Civil Veterinary Dept. Bombay admin report 1914-1922 - 1914-1922
Year: 1914
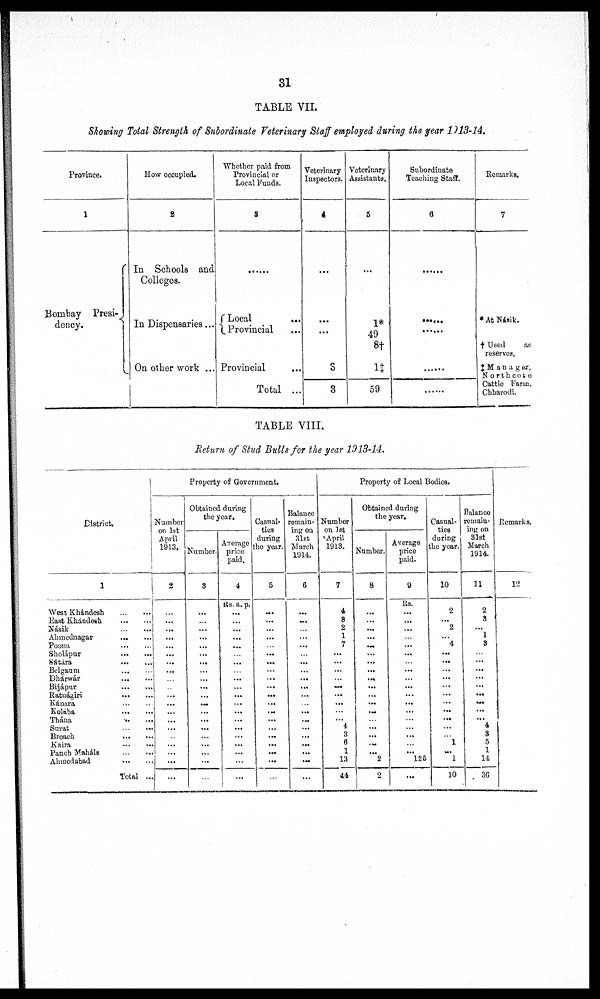
31
TABLE VII.
Showing Total Strength of Subordinate Veterinary Staff employed during the year 1913-14.
Province.
1
Bombay Presi-
dency.
How occupied.
2
In Schools and
Colleges.
In Dispensaries...
On other work ...
Whether paid from
Provincial or
Local Funds.
3
......
Local
...
Provincial ...
Provincial ...
Total ...
Veterinary
Inspectors.
4
...
...
...
3
3
Veterinary
Assistants.
5
...
1*
49
8†
1‡
59
Subordinate
Teaching Staff.
6
......
.......
.......
......
......
Remarks,
7
* At Násik.
† Used as
reserves.
‡ Manager,
Northcote
Cattle Farm,
Chharodi.
TABLE VIII.
Return of Stud Bulls for the year 1913-14.
District.
1
West Khándesh
...
...
East
Khándesh
...
...
Násilc ... ...
Ahmednagar
...
...
Poona
...
...
Sholápur
...
...
Sátára
...
...
Belgaum
...
...
Dhárwár
...
...
Bijápur
...
...
Ratnágiri
...
...
Kánara
...
...
Kolába
...
...
Thána
...
...
Surat
...
...
Broach
...
...
Kaira
...
...
Panch Maháls
...
...
Ahmedabad
...
...
Total ...
Property of Government.
Number
on 1st
April
1913,
2
...
...
...
...
...
...
...
...
...
...
...
...
...
...
...
...
...
...
...
...
Obtained during
the year.
Number.
3
...
...
...
...
...
...
...
...
...
...
...
...
...
...
...
...
...
...
...
...
Average
price
paid.
4
Rs. a. p.
...
...
...
...
...
...
...
...
...
...
...
...
...
...
...
...
...
...
...
...
Casual-
ties
during
the year.
5
...
...
...
...
...
...
...
...
...
...
...
...
...
...
...
...
...
...
...
...
Balance
remain-
ing on
31st
March
1914.
6
...
...
...
...
...
...
...
...
...
...
...
...
...
...
...
...
...
...
...
...
Property of Local Bodies.
Number
on 1st
April
1913.
7
4
8
2
1
7
...
...
...
...
...
...
...
...
...
4
3
8
1
13
44
Obtained during
the year.
Number.
8
...
...
...
...
...
...
...
...
...
...
...
...
...
...
...
...
...
... 2
2
Average
price
paid.
9
Rs.
...
...
...
...
...
...
...
...
...
...
...
...
...
...
...
...
...
... 125
...
Casual-
ties
during
the year.
10
2
...
2
...
4
...
...
...
...
...
...
...
...
...
...
...
1
... 1
10
Balance
remain-
ing on
31st
March
1914.
11
2
3
...
1
3
...
...
...
...
...
...
...
...
...
4
3
5
1
14
36
Remarks.
12